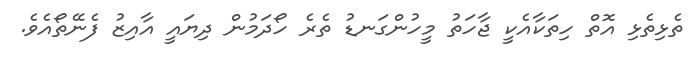
ތެޅިތެޅި އޮތް ހިތަކާއެކީ ޖާހަތު މީހުންގަނޑު ތެރެ ހޯދަމުން ދިޔައީ އާއިޒު ފެނޭތޯއެވެ.